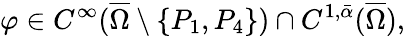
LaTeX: \varphi\in C^{\infty}(\overline{{\Omega}}\setminus\{ P_{1},P_{4}\} )\cap C^{1,\bar{\alpha}}(\overline{{\Omega}}),